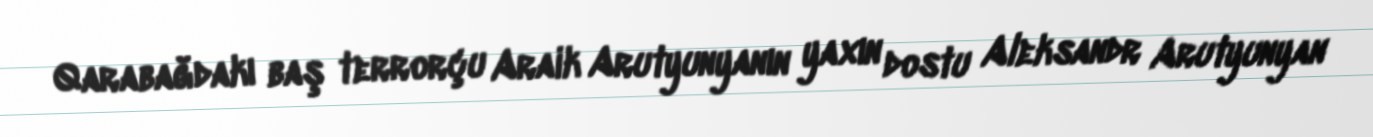
Qarabağdakı baş terrorçu Araik Arutyunyanın yaxın dostu Aleksandr Arutyunyan